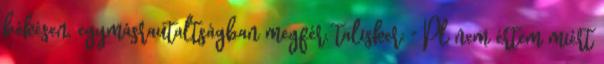
békésen, egymásrautaltságban megfér. talisker: " Pl nem értem miért